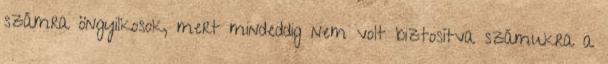
számra öngyilkosok, mert mindeddig nem volt biztosítva számukra a